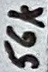
Text: 56k